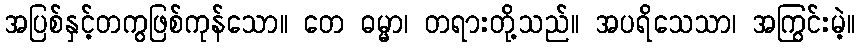
အပြစ်နှင့်တကွဖြစ်ကုန်သော။ တေ ဓမ္မာ၊ တရားတို့သည်။ အပရိသေသာ၊ အကြွင်းမဲ့။